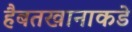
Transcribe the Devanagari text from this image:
हैबतखानाकडे